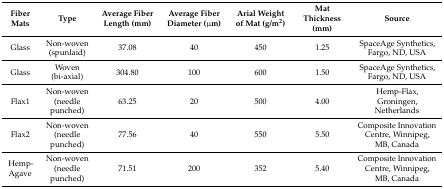
<table><thead><tr><td><b>Fiber Mats</b></td><td><b>Type</b></td><td><b>Average Fiber Length (mm)</b></td><td><b>Average Fiber Diameter (μm)</b></td><td><b>Arial Weight of Mat (g/m<sup>2</sup>)</b></td><td><b>Mat Thickness (mm)</b></td><td><b>Source</b></td></tr></thead><tbody><tr><td>Glass</td><td>Non-woven (spunlaid)</td><td>37.08</td><td>40</td><td>450</td><td>1.25</td><td>SpaceAge Synthetics, Fargo, ND, USA</td></tr><tr><td>Glass</td><td>Woven (bi-axial)</td><td>304.80</td><td>100</td><td>600</td><td>1.50</td><td>SpaceAge Synthetics, Fargo, ND, USA</td></tr><tr><td>Flax1</td><td>Non-woven (needle punched)</td><td>63.25</td><td>20</td><td>500</td><td>4.00</td><td>Hemp-Flax, Groningen, Netherlands</td></tr><tr><td>Flax2</td><td>Non-woven (needle punched)</td><td>77.56</td><td>40</td><td>550</td><td>5.50</td><td>Composite Innovation Centre, Winnipeg, MB, Canada</td></tr><tr><td>Hemp-Agave</td><td>Non-woven (needle punched)</td><td>71.51</td><td>200</td><td>352</td><td>5.40</td><td>Composite Innovation Centre, Winnipeg, MB, Canada</td></tr></tbody></table>